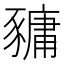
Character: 𧱿